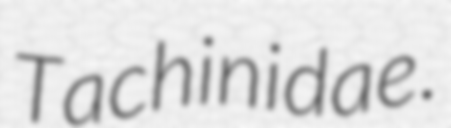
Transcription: Tachinidae.